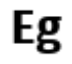
Eg